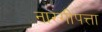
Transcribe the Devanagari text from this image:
नारंगीपत्ता